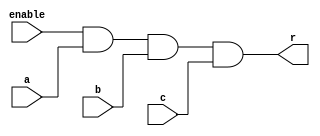
`timescale 1ns / 1ps

// UCR CS 120 
// Decoder. Behavioral description   
// Initial implementation  And 3 Inputs Enable 

module and4(
input wire enable , 
input wire a, 
input wire b, 
input wire c, 
output wire r 
 );

// 

assign r = enable & a & b & c ; 

endmodule